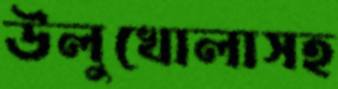
উলুখোলাসহ